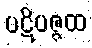
ပဋိပဇ္ဇထ